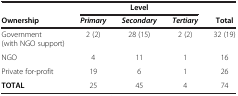
<table><thead><tr><td><b> </b></td><td><b> </b></td><td><b>Level</b></td><td><b> </b></td><td><b> </b></td></tr><tr><td><b>Ownership</b></td><td><b><i>Primary</i></b></td><td><b><i>Secondary</i></b></td><td><b><i>Tertiary</i></b></td><td><b>Total</b></td></tr></thead><tbody><tr><td>Government (with NGO support)</td><td>2 (2)</td><td>28 (15)</td><td>2 (2)</td><td>32 (19)</td></tr><tr><td>NGO</td><td>4</td><td>11</td><td>1</td><td>16</td></tr><tr><td>Private for-profit</td><td>19</td><td>6</td><td>1</td><td>26</td></tr><tr><td><b>TOTAL</b></td><td>25</td><td>45</td><td>4</td><td>74</td></tr></tbody></table>